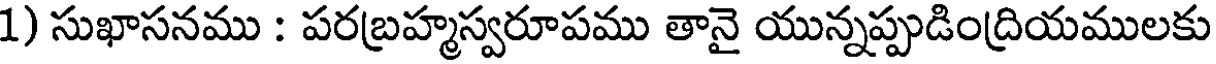
1) సుఖాసనము : పరబ్రహ్మస్వరూపము తానై యున్నప్పుడింద్రియములకు